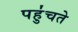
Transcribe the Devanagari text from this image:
पहु॑चते